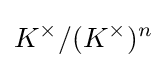
K^{\times }/(K^{\times })^{n}